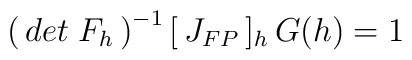
\left(\, det\; F_h \, \right)^{-1}[\,J_{FP}\,]_{h}\,	G(h)=1